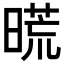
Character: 𣉪